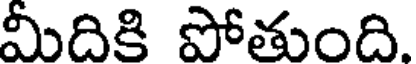
మీదికి పోతుంది.